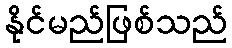
နိုင်မည်ဖြစ်သည်